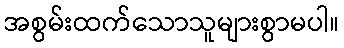
အစွမ်းထက်သောသူများစွာမပါ။